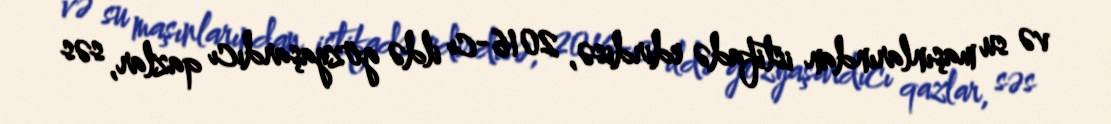
və su maşınlarından istifadə edirdisə, 2016-cı ildə gözyaşardıcı qazlar, səs